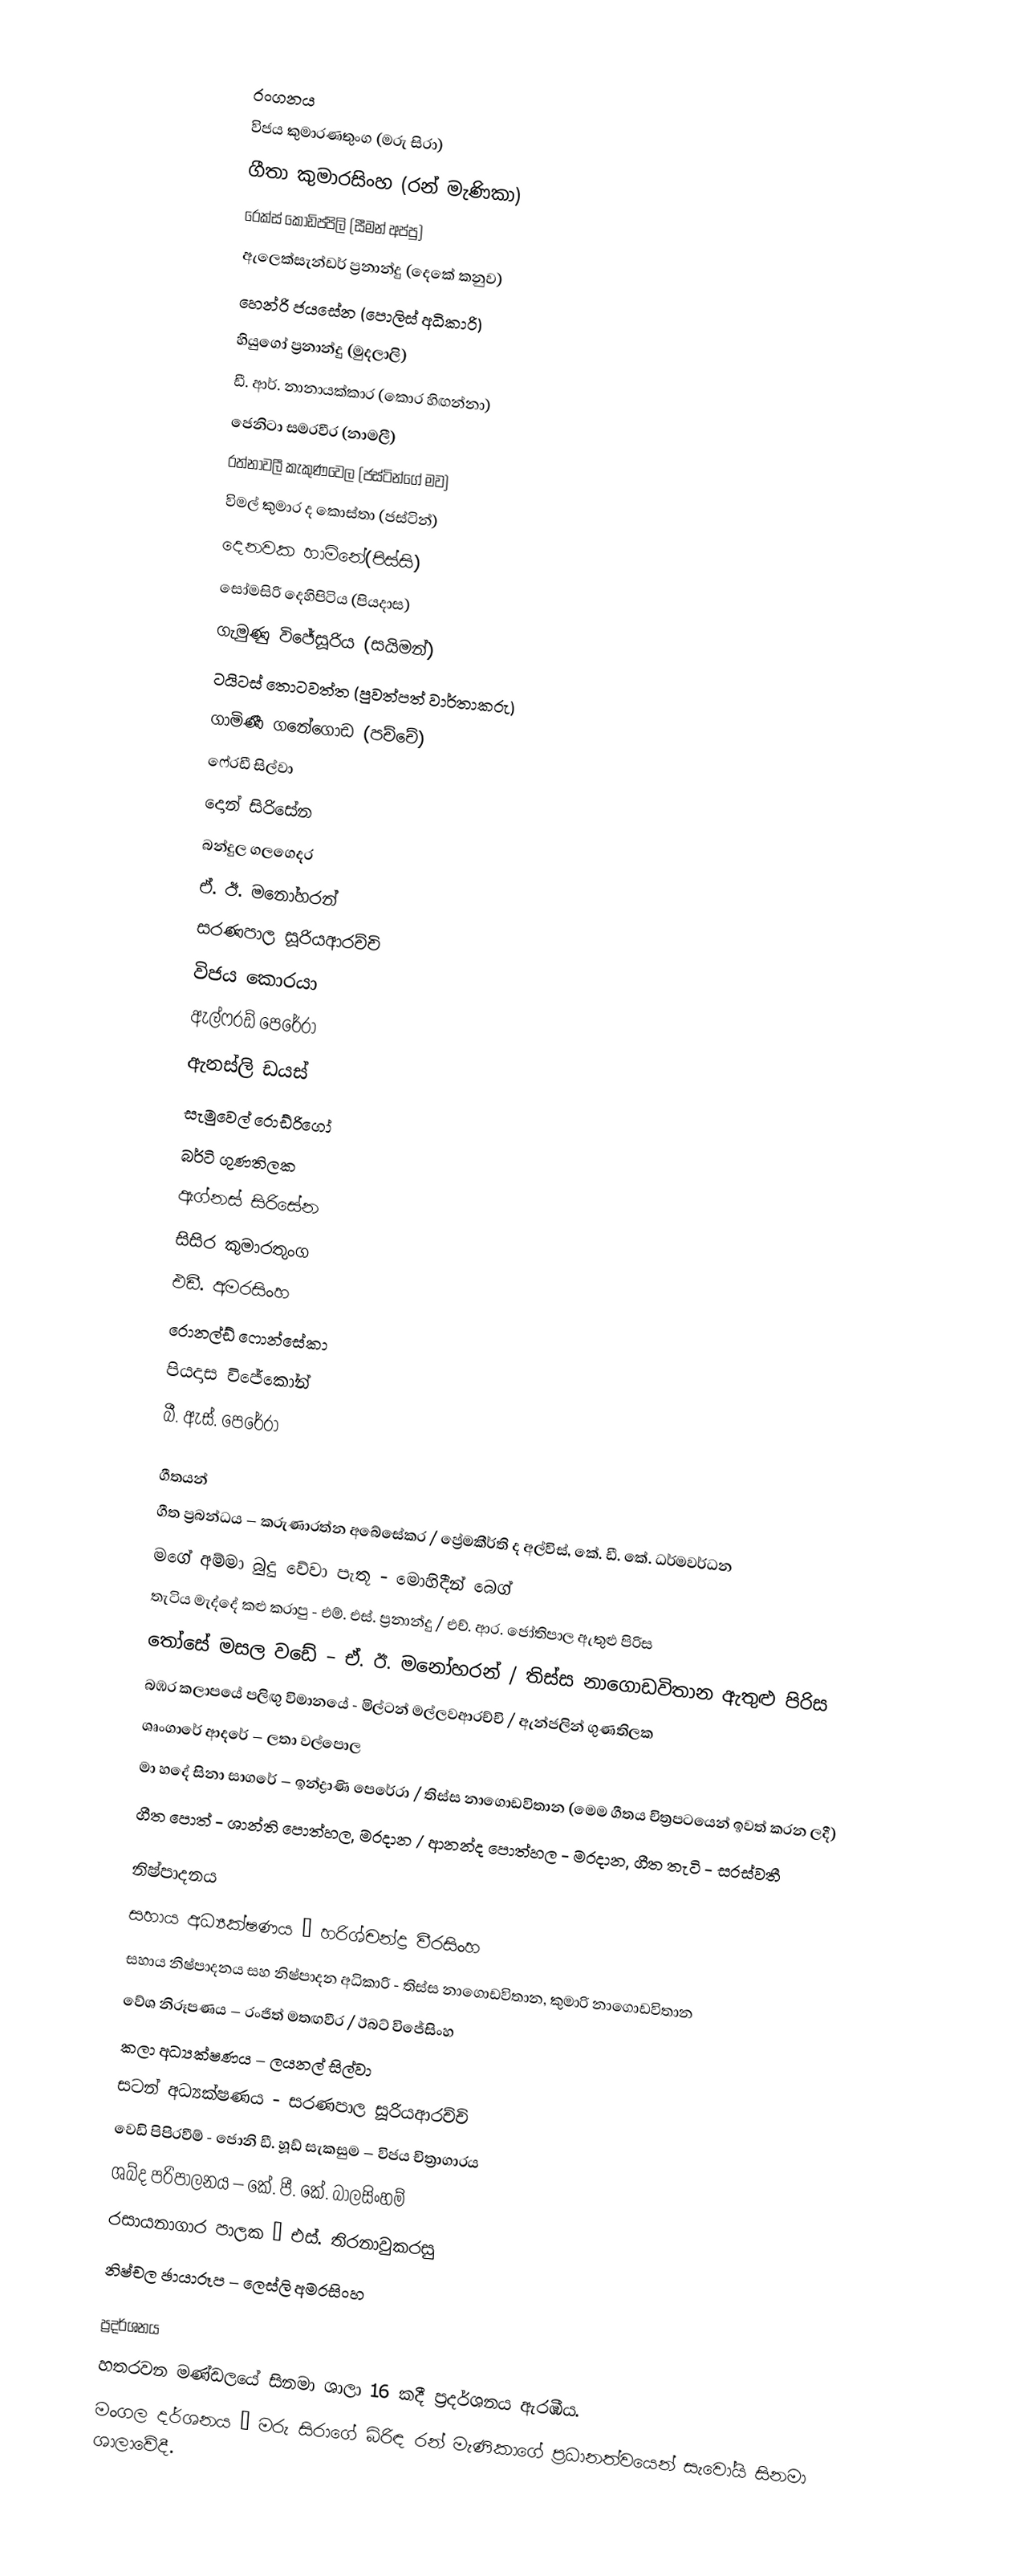

රංගනය
විජය කුමාරණතුංග (මරු සිරා)
ගීතා කුමාරසිංහ (රන් මැණිකා)
රෙක්ස් කොඩිප්පිලි (සීමන් අප්පු)
ඇලෙක්සැන්ඩර් ප්‍රනාන්දු (දෙකේ කනුව)
හෙන්රි ජයසේන (පොලිස් අධිකාරි)
හියුගෝ ප්‍රනාන්දු (මුදලාලි)
ඩී. ආර්. නානායක්කාර (කොර හිඟන්නා)
ජෙනිටා සමරවීර (නාමලී)
රත්නාවලී කැකුණවෙල (ජස්ටින්ගේ මව)
විමල් කුමාර ද කොස්තා (ජස්ටින්)
දෙනවක හාමිනේ(පිස්සි)
සෝමසිරි දෙහිපිටිය (පියදාස)
ගැමුණු විජේසූරිය (සයිමන්)
ටයිටස් තොටවත්ත (පුවත්පත් වාර්තාකරු)
ගාමිණී ගනේගොඩ (පච්චේ)
ෆෙ‍්‍රඩී සිල්වා
දොන් සිරිසේන
බන්දුල ගලගෙදර
ඒ. ඊ. මනෝහරන්
සරණපාල සූරියආරච්චි
විජය කොරයා
ඇල්ෆ‍්‍රඩ් පෙරේරා
ඇනස්ලි ඩයස්
සැමුවෙල් රොඩ්රිගෝ
බර්ටි ගුණතිලක
ඇග්නස් සිරිසේන
සිසිර කුමාරතුංග
එඩී. අමරසිංහ
රොනල්ඩ් ෆොන්සේකා
පියදාස විජේකෝන්
බී. ඇස්. පෙරේරා

ගීතයන්
ගීත ප්‍රබන්ධය – කරුණාරත්න අබේසේකර / ප්‍රේමකීර්ති ද අල්විස්, කේ. ඩී. කේ. ධර්මවර්ධන
මගේ අම්මා බුදු වේවා පැතූ - මොහිදීන් බෙග්
තැටිය මැද්දේ කළු කරාපු - එම්. එස්. ප්‍රනාන්දු / එච්. ආර. ජෝතිපාල ඇතුළු පිරිස
තෝසේ මසල වඩේ – ඒ. ඊ. මනෝහරන් / තිස්ස නාගොඩවිතාන ඇතුළු පිරිස
බඹර කලාපයේ පලිඟු විමානයේ - මිල්ටන් මල්ලවආරච්චි / ඇන්ජලින් ගුණතිලක
ශෘංගාරේ ආදරේ – ලතා වල්පොල
මා හදේ සිනා සාගරේ – ඉන්ද්‍රාණි පෙරේරා / තිස්ස නාගොඩවිතාන (මෙම ගීතය චිත්‍රපටයෙන් ඉවත් කරන ලදී)
ගීත පොත් - ශාන්ති පොත්හල, මරදාන / ආනන්ද පොත්හල - මරදාන, ගීත තැටි - සරස්වතී

නිෂ්පාදනය
සහාය අධ්‍යක්ෂණය – හරිශ්චන්ද්‍ර වීරසිංහ
සහාය නිෂ්පාදනය සහ නිෂ්පාදන අධිකාරි - තිස්ස නාගොඩවිතාන, කුමාරි නාගොඩවිතාන
වේශ නිරූපණය – රංජිත් මතඟවීර / ඊබට් විජේසිංහ
කලා අධ්‍යක්ෂණය – ලයනල් සිල්වා
සටන් අධ්‍යක්ෂණය - සරණපාල සූරියආරච්චි
වෙඩි පිපිරවීම් - ජොනි ඩී. හූඩ් සැකසුම – විජය චිත්‍රාගාරය
ශබ්ද පරිපාලනය – කේ. පී. කේ. බාලසිංහම්
රසායනාගාර පාලක – එස්. තිරනාවුකරසු
නිෂ්චල ඡායාරූප – ලෙස්ලි අමරසිංහ

ප්‍රදර්ශනය
හතරවන මණ්ඩලයේ සිනමා ශාලා 16 කදී ප්‍රදර්ශනය ඇරඹීය.
මංගල දර්ශනය – මරු සිරාගේ බිරිඳ රන් මැණිකාගේ ප්‍රධානත්වයෙන් සැවෝයි සිනමා ශාලාවේදී.